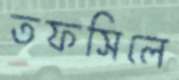
তফসিলে